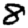
Digit: 8